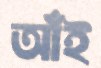
আঁই